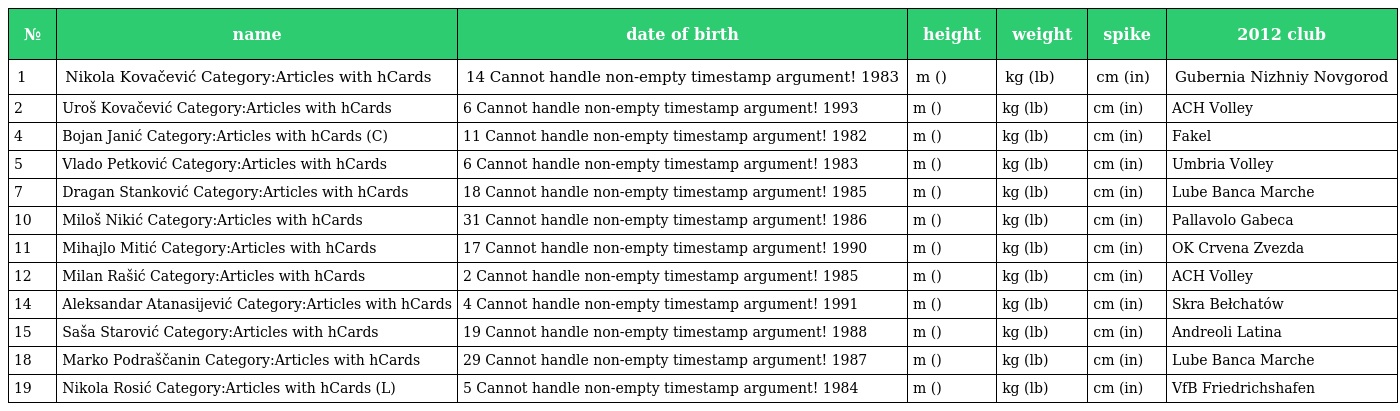
| № | name | date of birth | height | weight | spike | 2012 club |
 | --- | --- | --- | --- | --- | --- | --- |
 | 1 | Nikola Kovačević Category:Articles with hCards | 14 Cannot handle non-empty timestamp argument! 1983 | m () | kg (lb) | cm (in) | Gubernia Nizhniy Novgorod |
 | 2 | Uroš Kovačević Category:Articles with hCards | 6 Cannot handle non-empty timestamp argument! 1993 | m () | kg (lb) | cm (in) | ACH Volley |
 | 4 | Bojan Janić Category:Articles with hCards (C) | 11 Cannot handle non-empty timestamp argument! 1982 | m () | kg (lb) | cm (in) | Fakel |
 | 5 | Vlado Petković Category:Articles with hCards | 6 Cannot handle non-empty timestamp argument! 1983 | m () | kg (lb) | cm (in) | Umbria Volley |
 | 7 | Dragan Stanković Category:Articles with hCards | 18 Cannot handle non-empty timestamp argument! 1985 | m () | kg (lb) | cm (in) | Lube Banca Marche |
 | 10 | Miloš Nikić Category:Articles with hCards | 31 Cannot handle non-empty timestamp argument! 1986 | m () | kg (lb) | cm (in) | Pallavolo Gabeca |
 | 11 | Mihajlo Mitić Category:Articles with hCards | 17 Cannot handle non-empty timestamp argument! 1990 | m () | kg (lb) | cm (in) | OK Crvena Zvezda |
 | 12 | Milan Rašić Category:Articles with hCards | 2 Cannot handle non-empty timestamp argument! 1985 | m () | kg (lb) | cm (in) | ACH Volley |
 | 14 | Aleksandar Atanasijević Category:Articles with hCards | 4 Cannot handle non-empty timestamp argument! 1991 | m () | kg (lb) | cm (in) | Skra Bełchatów |
 | 15 | Saša Starović Category:Articles with hCards | 19 Cannot handle non-empty timestamp argument! 1988 | m () | kg (lb) | cm (in) | Andreoli Latina |
 | 18 | Marko Podraščanin Category:Articles with hCards | 29 Cannot handle non-empty timestamp argument! 1987 | m () | kg (lb) | cm (in) | Lube Banca Marche |
 | 19 | Nikola Rosić Category:Articles with hCards (L) | 5 Cannot handle non-empty timestamp argument! 1984 | m () | kg (lb) | cm (in) | VfB Friedrichshafen |